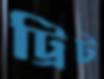
ট্রিট